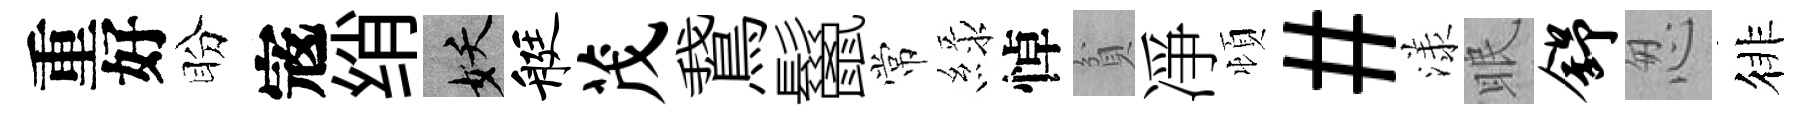
重好盼𡨥绡妖艇茂鵞鬣常緑悼貧凈頓#漾眠舒怱徘